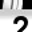
Digit: 2